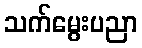
သက်မွေးပညာ